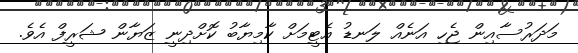
މަދަރުސާއިން ޖެހި އަނެއް ލަނޑު އެޓީމަށް ކާމިޔާބު ކޮށްދިނީ ޒަޔާން ޝަރީފް އެވެ.